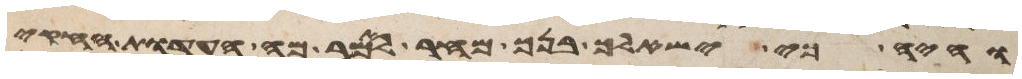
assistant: והיה כי ישאלך בנך מחר לאמר מה העדות החקים